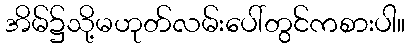
အိမ်၌သို့မဟုတ်လမ်းပေါ်တွင်ကစားပါ။